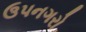
ઉપનગરો